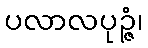
ပလာလပုဉ္ဇံ၊